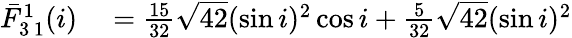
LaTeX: \begin{array}{rl}{\bar{F}_{3\, 1}^{1}(i)}&{{}=\frac{15}{32}\sqrt{42}(\sin i)^{2}\cos i+\frac{5}{32}\sqrt{42}(\sin i)^{2}}\end{array}